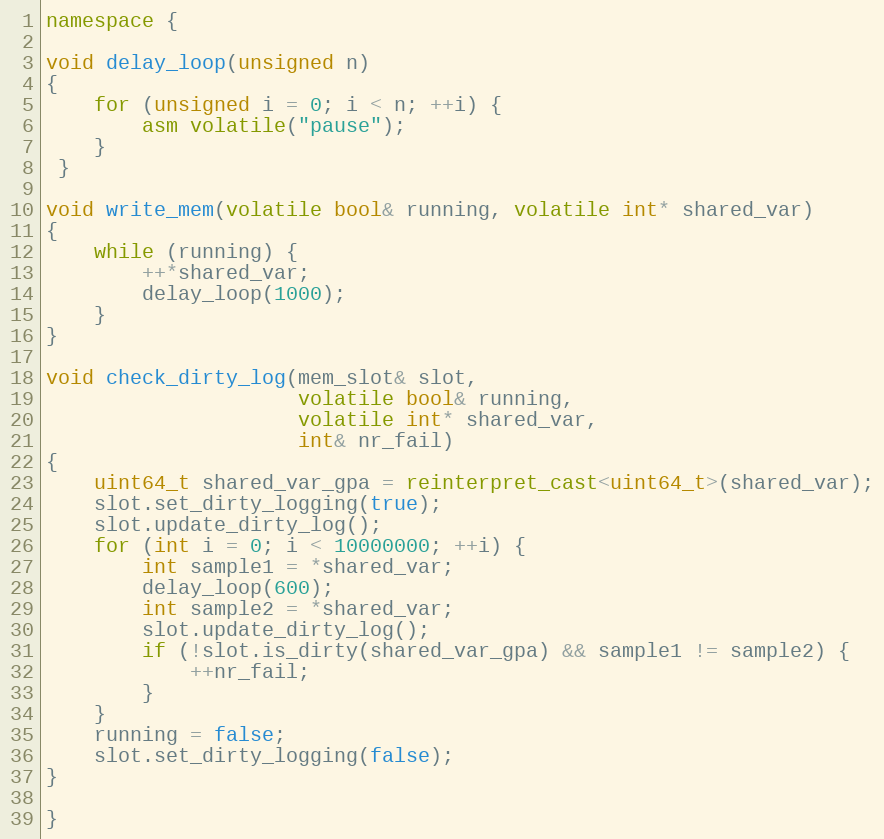
Language: C++
namespace {

void delay_loop(unsigned n)
{
    for (unsigned i = 0; i < n; ++i) {
        asm volatile("pause");
    }
 }

void write_mem(volatile bool& running, volatile int* shared_var)
{
    while (running) {
        ++*shared_var;
        delay_loop(1000);
    }
}

void check_dirty_log(mem_slot& slot,
                     volatile bool& running,
                     volatile int* shared_var,
                     int& nr_fail)
{
    uint64_t shared_var_gpa = reinterpret_cast<uint64_t>(shared_var);
    slot.set_dirty_logging(true);
    slot.update_dirty_log();
    for (int i = 0; i < 10000000; ++i) {
        int sample1 = *shared_var;
        delay_loop(600);
        int sample2 = *shared_var;
        slot.update_dirty_log();
        if (!slot.is_dirty(shared_var_gpa) && sample1 != sample2) {
            ++nr_fail;
        }
    }
    running = false;
    slot.set_dirty_logging(false);
}

}